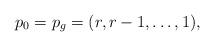
LaTeX: \begin{align*}p_0 = p_g = (r, r - 1, \ldots, 1) ,\end{align*}